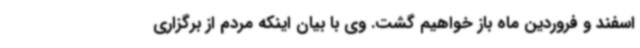
اسفند و فروردین ماه باز خواهیم گشت. وی با بیان اینکه مردم از برگزاری